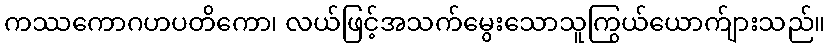
ကဿကောဂဟပတိကော၊ လယ်ဖြင့်အသက်မွေးသောသူကြွယ်ယောက်ျားသည်။